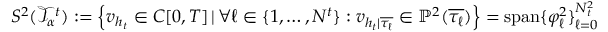
S ^ { 2 } ( \mathcal T _ { \alpha } ^ { t } ) : = \Big \{ v _ { h _ { t } } \in C [ 0 , T ] \, | \, \forall \ell \in \{ 1 , \dots , N ^ { t } \} : v _ { h _ { t } | \overline { { \tau _ { \ell } } } } \in \mathbb P ^ { 2 } ( \overline { { \tau _ { \ell } } } ) \Big \} = \mathrm { s p a n } \{ \varphi _ { \ell } ^ { 2 } \} _ { \ell = 0 } ^ { N _ { t } ^ { 2 } }